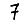
Digit: 7